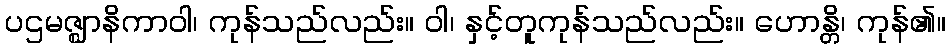
ပဌမဇ္ဈာနိကာဝါ၊ ကုန်သည်လည်း။ ဝါ၊ နှင့်တူကုန်သည်လည်း။ ဟောန္တိ၊ ကုန်၏။